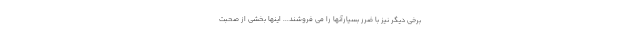
برخی دیگر نیز با ضرر بسیارآنها را می فروشند... اینها بخشی از صحبت